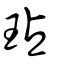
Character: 玷